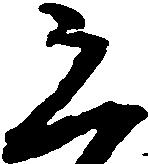
恐